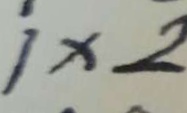
1 \times 2